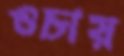
ওচায়